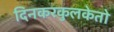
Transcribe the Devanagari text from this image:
दिनकरकुलकेतो